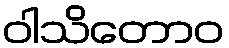
ဝါသိတောဝ